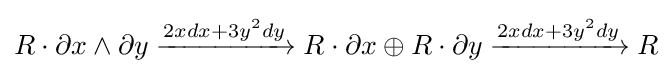
R\cdot \partial x\wedge \partial y\xrightarrow {2xdx+3y^{2}dy} R\cdot \partial x\oplus R\cdot \partial y\xrightarrow {2xdx+3y^{2}dy} R